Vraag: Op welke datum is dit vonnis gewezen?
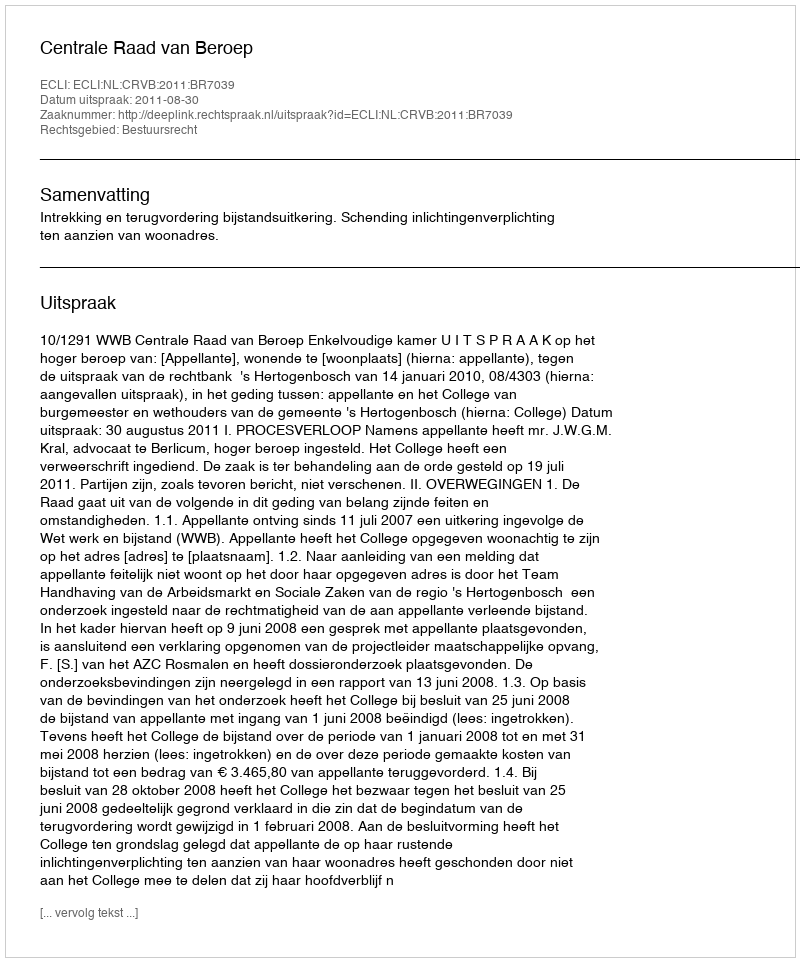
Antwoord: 2011-08-30